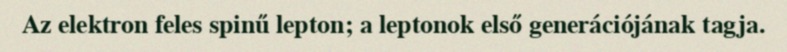
Az elektron feles spinű lepton; a leptonok első generációjának tagja.